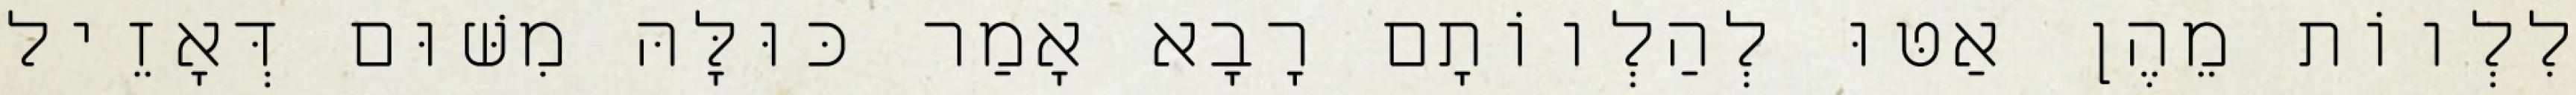
לִלְווֹת מֵהֶן אַטּוּ לְהַלְווֹתָם רָבָא אָמַר כּוּלָּהּ מִשּׁוּם דְּאָזֵיל